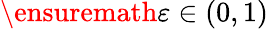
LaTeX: \ensuremath{\varepsilon}\in\left(0,1\right)